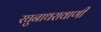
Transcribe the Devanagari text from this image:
रघुनाथरावाणी